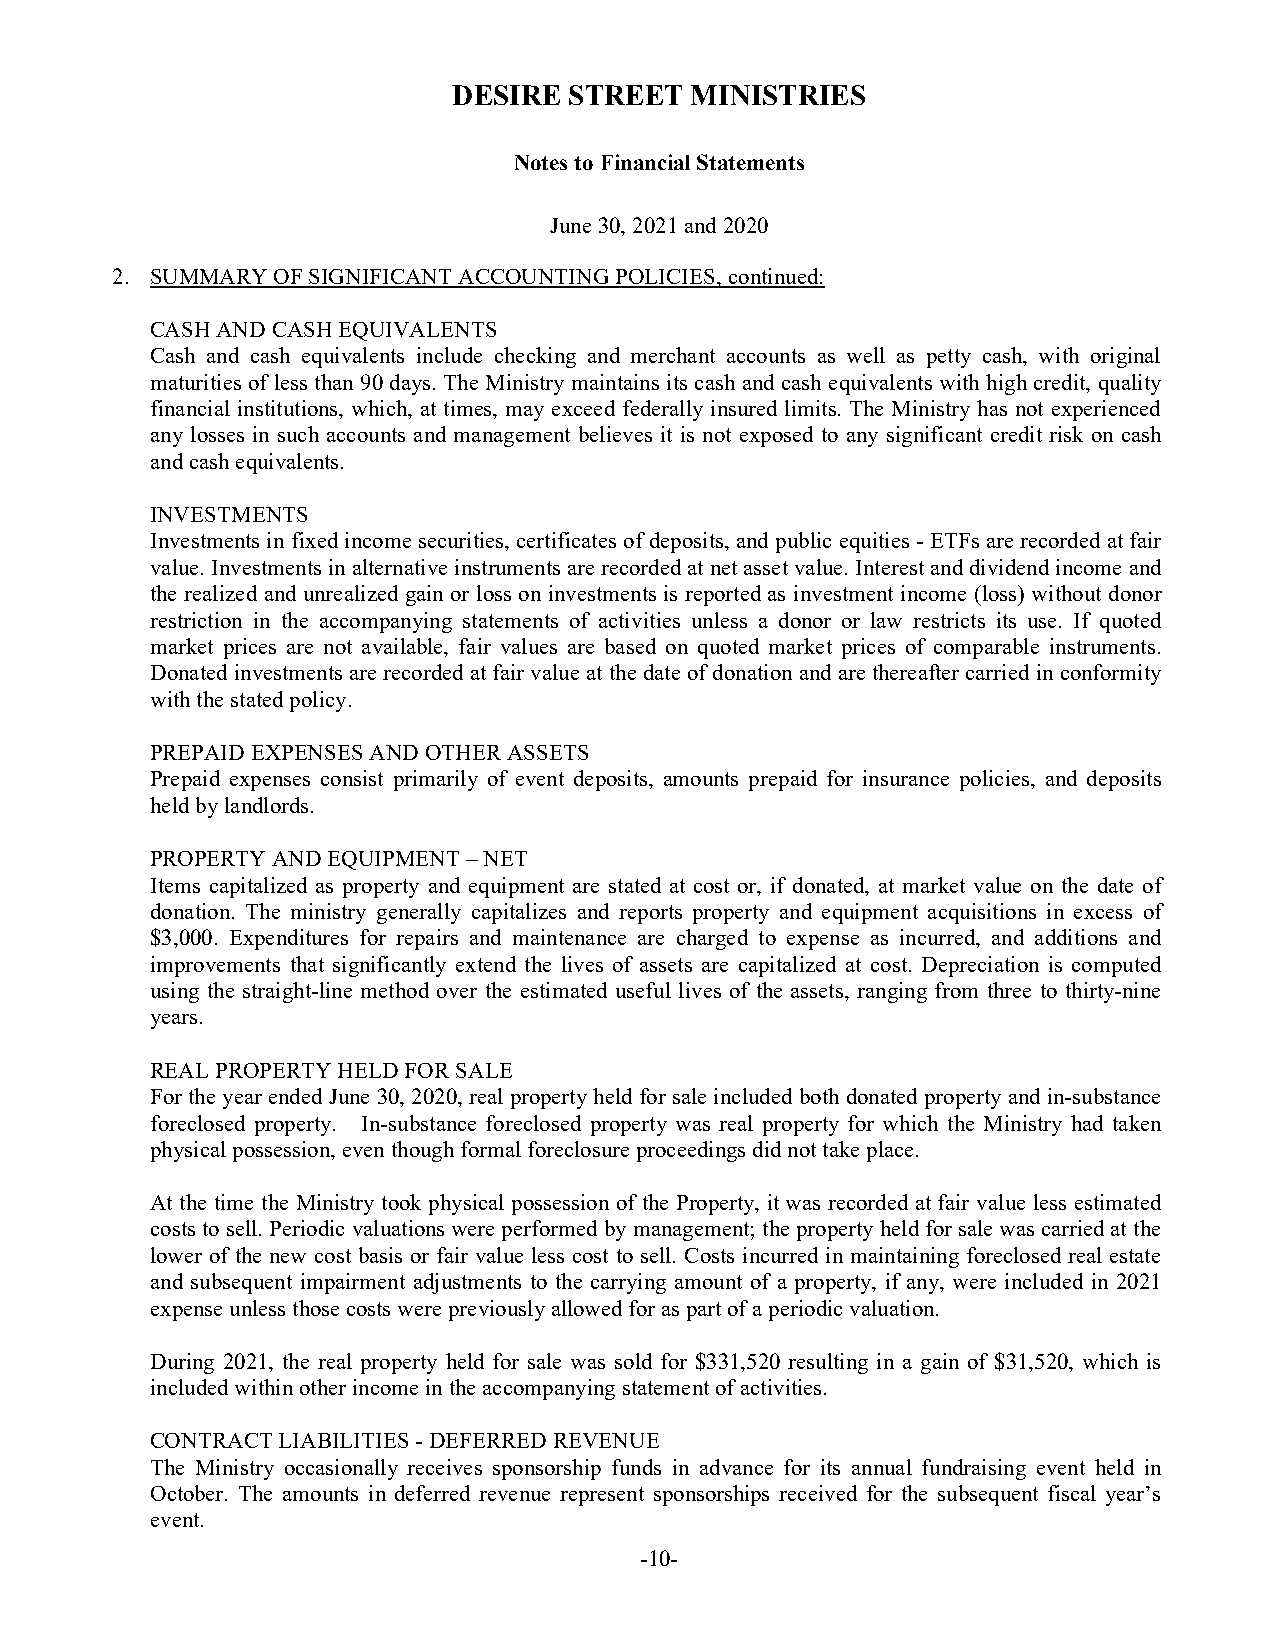
DESIRE  STREET  MINISTRIES
 Notes to Financial Statements
 June 30, 2021 and 2020
 2. SUMMARY OF SIGNIFICANT ACCOUNTING POLICIES, continued:
 CASH AND CASH EQUIVALENTS
 Cash and cash equivalents include checking and merchant accounts as well as petty cash, with original
 maturities of less than 90 days. The Ministry maintains its cash and cash equivalents with high credit, quality
 financial institutions, which, at times, may exceed federally insured limits. The Ministry has not experienced
 any losses in such accounts and management believes it is not exposed to any significant credit risk on cash
 and cash equivalents.
 INVESTMENTS
 Investments in fixed income securities, certificates of deposits, and public equities - ETFs are recorded at fair
 value. Investments in alternative instruments are recorded at net asset value. Interest and dividend income and
 the realized and unrealized gain or loss on investments is reported as investment income (loss) without donor
 restriction in the accompanying statements of activities unless a donor or law restricts its use. If quoted
 market prices are not available, fair values are based on quoted market prices of comparable instruments.
 Donated investments are recorded at fair value at the date of donation and are thereafter carried in conformity
 with the stated policy.
 PREPAID EXPENSES AND OTHER ASSETS
 Prepaid expenses consist primarily of event deposits, amounts prepaid for insurance policies, and deposits
 held by landlords.
 PROPERTY AND EQUIPMENT – NET
 Items capitalized as property and equipment are stated at cost or, if donated, at market value on the date of
 donation. The ministry generally capitalizes and reports property and equipment acquisitions in excess of
 $3,000. Expenditures for repairs and maintenance are charged to expense as incurred, and additions and
 improvements that significantly extend the lives of assets are capitalized at cost. Depreciation is computed
 using the straight-line method over the estimated useful lives of the assets, ranging from three to thirty-nine
 years.
 REAL PROPERTY HELD FOR SALE
 For the year ended June 30, 2020, real property held for sale included both donated property and in-substance
 foreclosed property. In-substance foreclosed property was real property for which the Ministry had taken
 physical possession, even though formal foreclosure proceedings did not take place.
 At the time the Ministry took physical possession of the Property, it was recorded at fair value less estimated
 costs to sell. Periodic valuations were performed by management; the property held for sale was carried at the
 lower of the new cost basis or fair value less cost to sell. Costs incurred in maintaining foreclosed real estate
 and subsequent impairment adjustments to the carrying amount of a property, if any, were included in 2021
 expense unless those costs were previously allowed for as part of a periodic valuation.
 During 2021, the real property held for sale was sold for $331,520 resulting in a gain of $31,520, which is
 included within other income in the accompanying statement of activities.
 CONTRACT LIABILITIES - DEFERRED REVENUE
 The Ministry occasionally receives sponsorship funds in advance for its annual fundraising event held in
 October. The amounts in deferred revenue represent sponsorships received for the subsequent fiscal year’s
 event.
 -10-